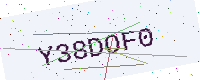
Text: Y38DOF0